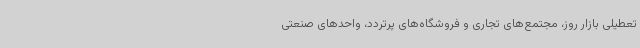
تعطیلی بازار روز، مجتمع‌های تجاری و فروشگاه‌های پرتردد، واحدهای صنعتی